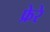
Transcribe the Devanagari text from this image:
फ्रेरे